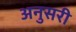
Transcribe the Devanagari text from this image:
अनुसरी